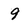
Character: 9